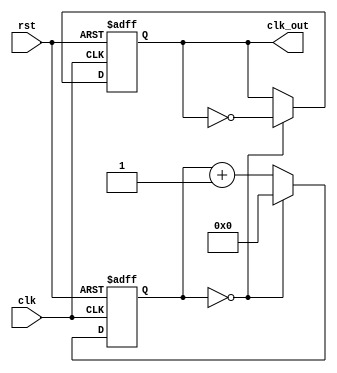
`timescale 1ns / 1ps
//////////////////////////////////////////////////////////////////////////////////
// Company: 
// Engineer: 
// 
// Design Name: 
// Module Name: clockDivider
// Project Name: 
// Target Devices: 
// Tool Versions: 
// Description: 
// 
// Dependencies: 
// 
// Revision:
// Revision 0.01 - File Created
// Additional Comments:
// 
//////////////////////////////////////////////////////////////////////////////////

module clockDivider #(parameter n = 1 )
(input clk, rst, output reg clk_out);
reg [31:0] count;
// Big enough to hold the maximum possible value
// Increment count
always @ (posedge clk, posedge rst) begin
if (rst == 1'b1) // Asynchronous Reset
count <= 0;
else if (count == n-1)
count <= 0;
else
count <= count + 1;
end
// Handle the output clock
always @ (posedge clk, posedge rst) begin
if (rst) // Asynchronous Reset
clk_out <= 1;
else if (count == n-1)
clk_out <= ~ clk_out;
end
endmodule